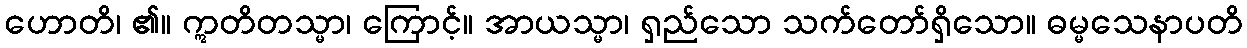
ဟောတိ၊ ၏။ ဣတိတသ္မာ၊ ကြောင့်။ အာယသ္မာ၊ ရှည်သော သက်တော်ရှိသော။ ဓမ္မသေနာပတိ